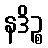
နဒိဉ္စ